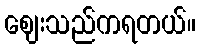
ဈေးသည်ကရတယ်။